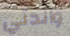
والدتي